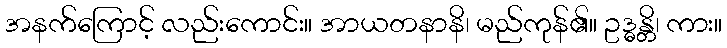
အနက်ကြောင့် လည်းကောင်း။ အာယတနာနိ၊ မည်ကုန်၏။ ဥဒ္ဓန္တိ၊ ကား။